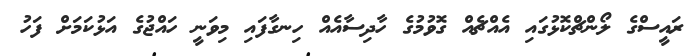
ރައީސްގެ ލޯންޗްކޮޅުގައި އެއްޗެއް ގޮވުމުގެ ހާދިސާއެއް ހިނގާފައި މިވަނީ ހައްޖުގެ އަޅުކަމަށް ފަހު